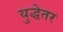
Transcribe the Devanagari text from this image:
युद्धेतर